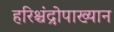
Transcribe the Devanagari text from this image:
हरिश्चंद्रोपाख्यान